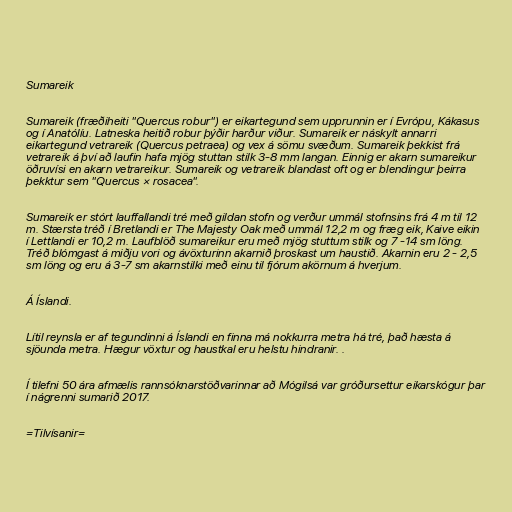
Sumareik

Sumareik (fræðiheiti "Quercus robur") er eikartegund sem upprunnin er í Evrópu, Kákasus
og í Anatólíu. Latneska heitið robur þýðir harður viður. Sumareik er náskylt annarri
eikartegund vetrareik (Quercus petraea) og vex á sömu svæðum. Sumareik þekkist frá
vetrareik á því að laufin hafa mjög stuttan stilk 3-8 mm langan. Einnig er akarn sumareikur
öðruvísi en akarn vetrareikur. Sumareik og vetrareik blandast oft og er blendingur þeirra
þekktur sem "Quercus × rosacea".

Sumareik er stórt lauffallandi tré með gildan stofn og verður ummál stofnsins frá 4 m til 12
m. Stærsta tréð í Bretlandi er The Majesty Oak með ummál 12,2 m og fræg eik, Kaive eikin
í Lettlandi er 10,2 m. Laufblöð sumareikur eru með mjög stuttum stilk og 7 -14 sm löng.
Tréð blómgast á miðju vori og ávöxturinn akarnið þroskast um haustið. Akarnin eru 2 - 2,5
sm löng og eru á 3-7 sm akarnstilki með einu til fjórum akörnum á hverjum.

Á Íslandi.

Lítil reynsla er af tegundinni á Íslandi en finna má nokkurra metra há tré, það hæsta á
sjöunda metra. Hægur vöxtur og haustkal eru helstu hindranir. .

Í tilefni 50 ára afmælis rannsóknarstöðvarinnar að Mógilsá var gróðursettur eikarskógur þar
í nágrenni sumarið 2017.

=Tilvísanir=